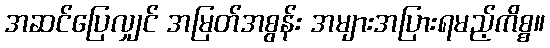
အဆင်ပြေလျှင် အမြတ်အစွန်း အများအပြားရမည့်ကိစ္စ။